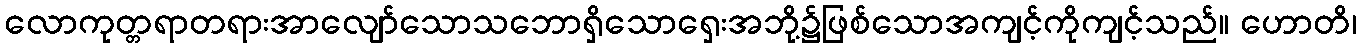
လောကုတ္တရာတရားအာလျော်သောသဘောရှိသောရှေးအဘို့၌ဖြစ်သောအကျင့်ကိုကျင့်သည်။ ဟောတိ၊